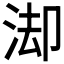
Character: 𭰚